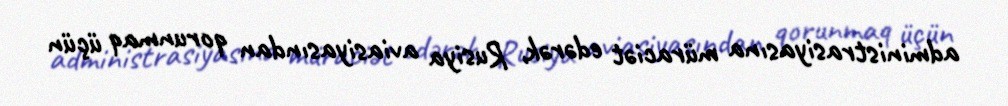
administrasiyasına müraciət edərək, Rusiya aviasiyasından qorunmaq üçün